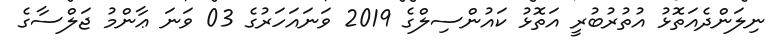
ނިލަންދެއަތޮޅު އުތުރުބުރީ އަތޮޅު ކައުންސިލްގެ 2019 ވަނައަހަރުގެ 03 ވަނަ ޢާންމު ޖަލްސާގެ